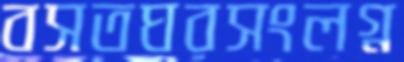
বসতঘরসংলগ্ন